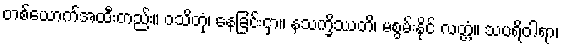
တစ်ယောက်အထီးတည်း။ ဝသိတုံ၊ နေခြင်းငှာ။ နသက္ခိဿတိ၊ မစွမ်းနိုင် လတ္တံ့။ သပရိဝါရာ၊